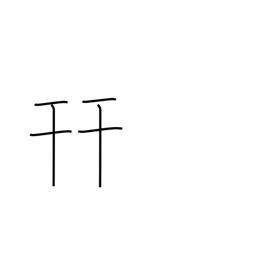
Meaning: put together